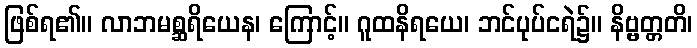
ဖြစ်ရ၏။ လာဘမစ္ဆရိယေန၊ ကြောင့်။ ဂူထနိရယေ၊ ဘင်ပုပ်ငရဲ၌။ နိဗ္ဗတ္တတိ၊